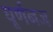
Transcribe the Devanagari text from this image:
घूर्णनज